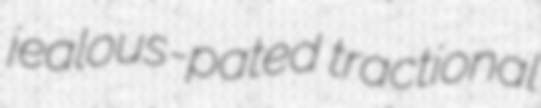
jealous-pated tractional